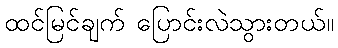
ထင်မြင်ချက် ပြောင်းလဲသွားတယ်။